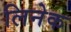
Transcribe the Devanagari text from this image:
लिनेक